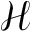
\mathcal { H }